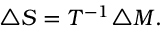
\triangle S = T ^ { - 1 } \triangle M .